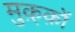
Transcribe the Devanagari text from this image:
मुक़्क़ों